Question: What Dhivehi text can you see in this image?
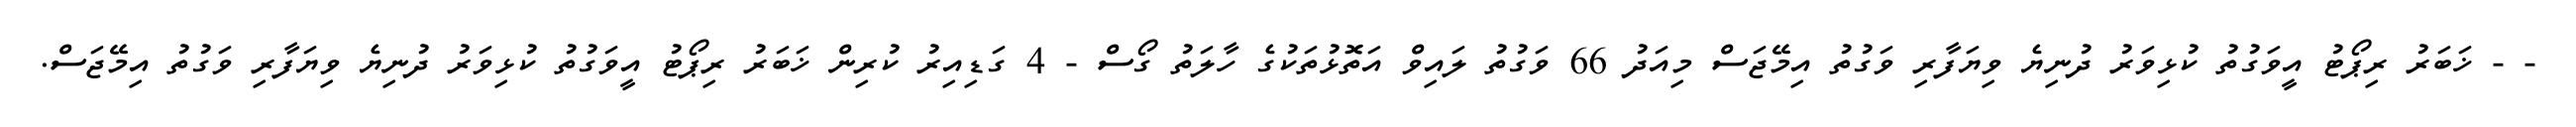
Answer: - - ޚަބަރު ރިޕޯޓު އީވަގުތު ކުޅިވަރު ދުނިޔެ ވިޔަފާރި ވަގުތު އިމޭޖަސް މިއަދު 66 ވަގުތު ލައިވް އަތޮޅުތަކުގެ ހާލަތު ގޯސް - 4 ގަޑިއިރު ކުރިން ޚަބަރު ރިޕޯޓު އީވަގުތު ކުޅިވަރު ދުނިޔެ ވިޔަފާރި ވަގުތު އިމޭޖަސް.